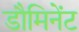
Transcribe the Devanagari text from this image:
डौमिनेंट